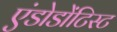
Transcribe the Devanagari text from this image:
एंडोडोंटिस्ट